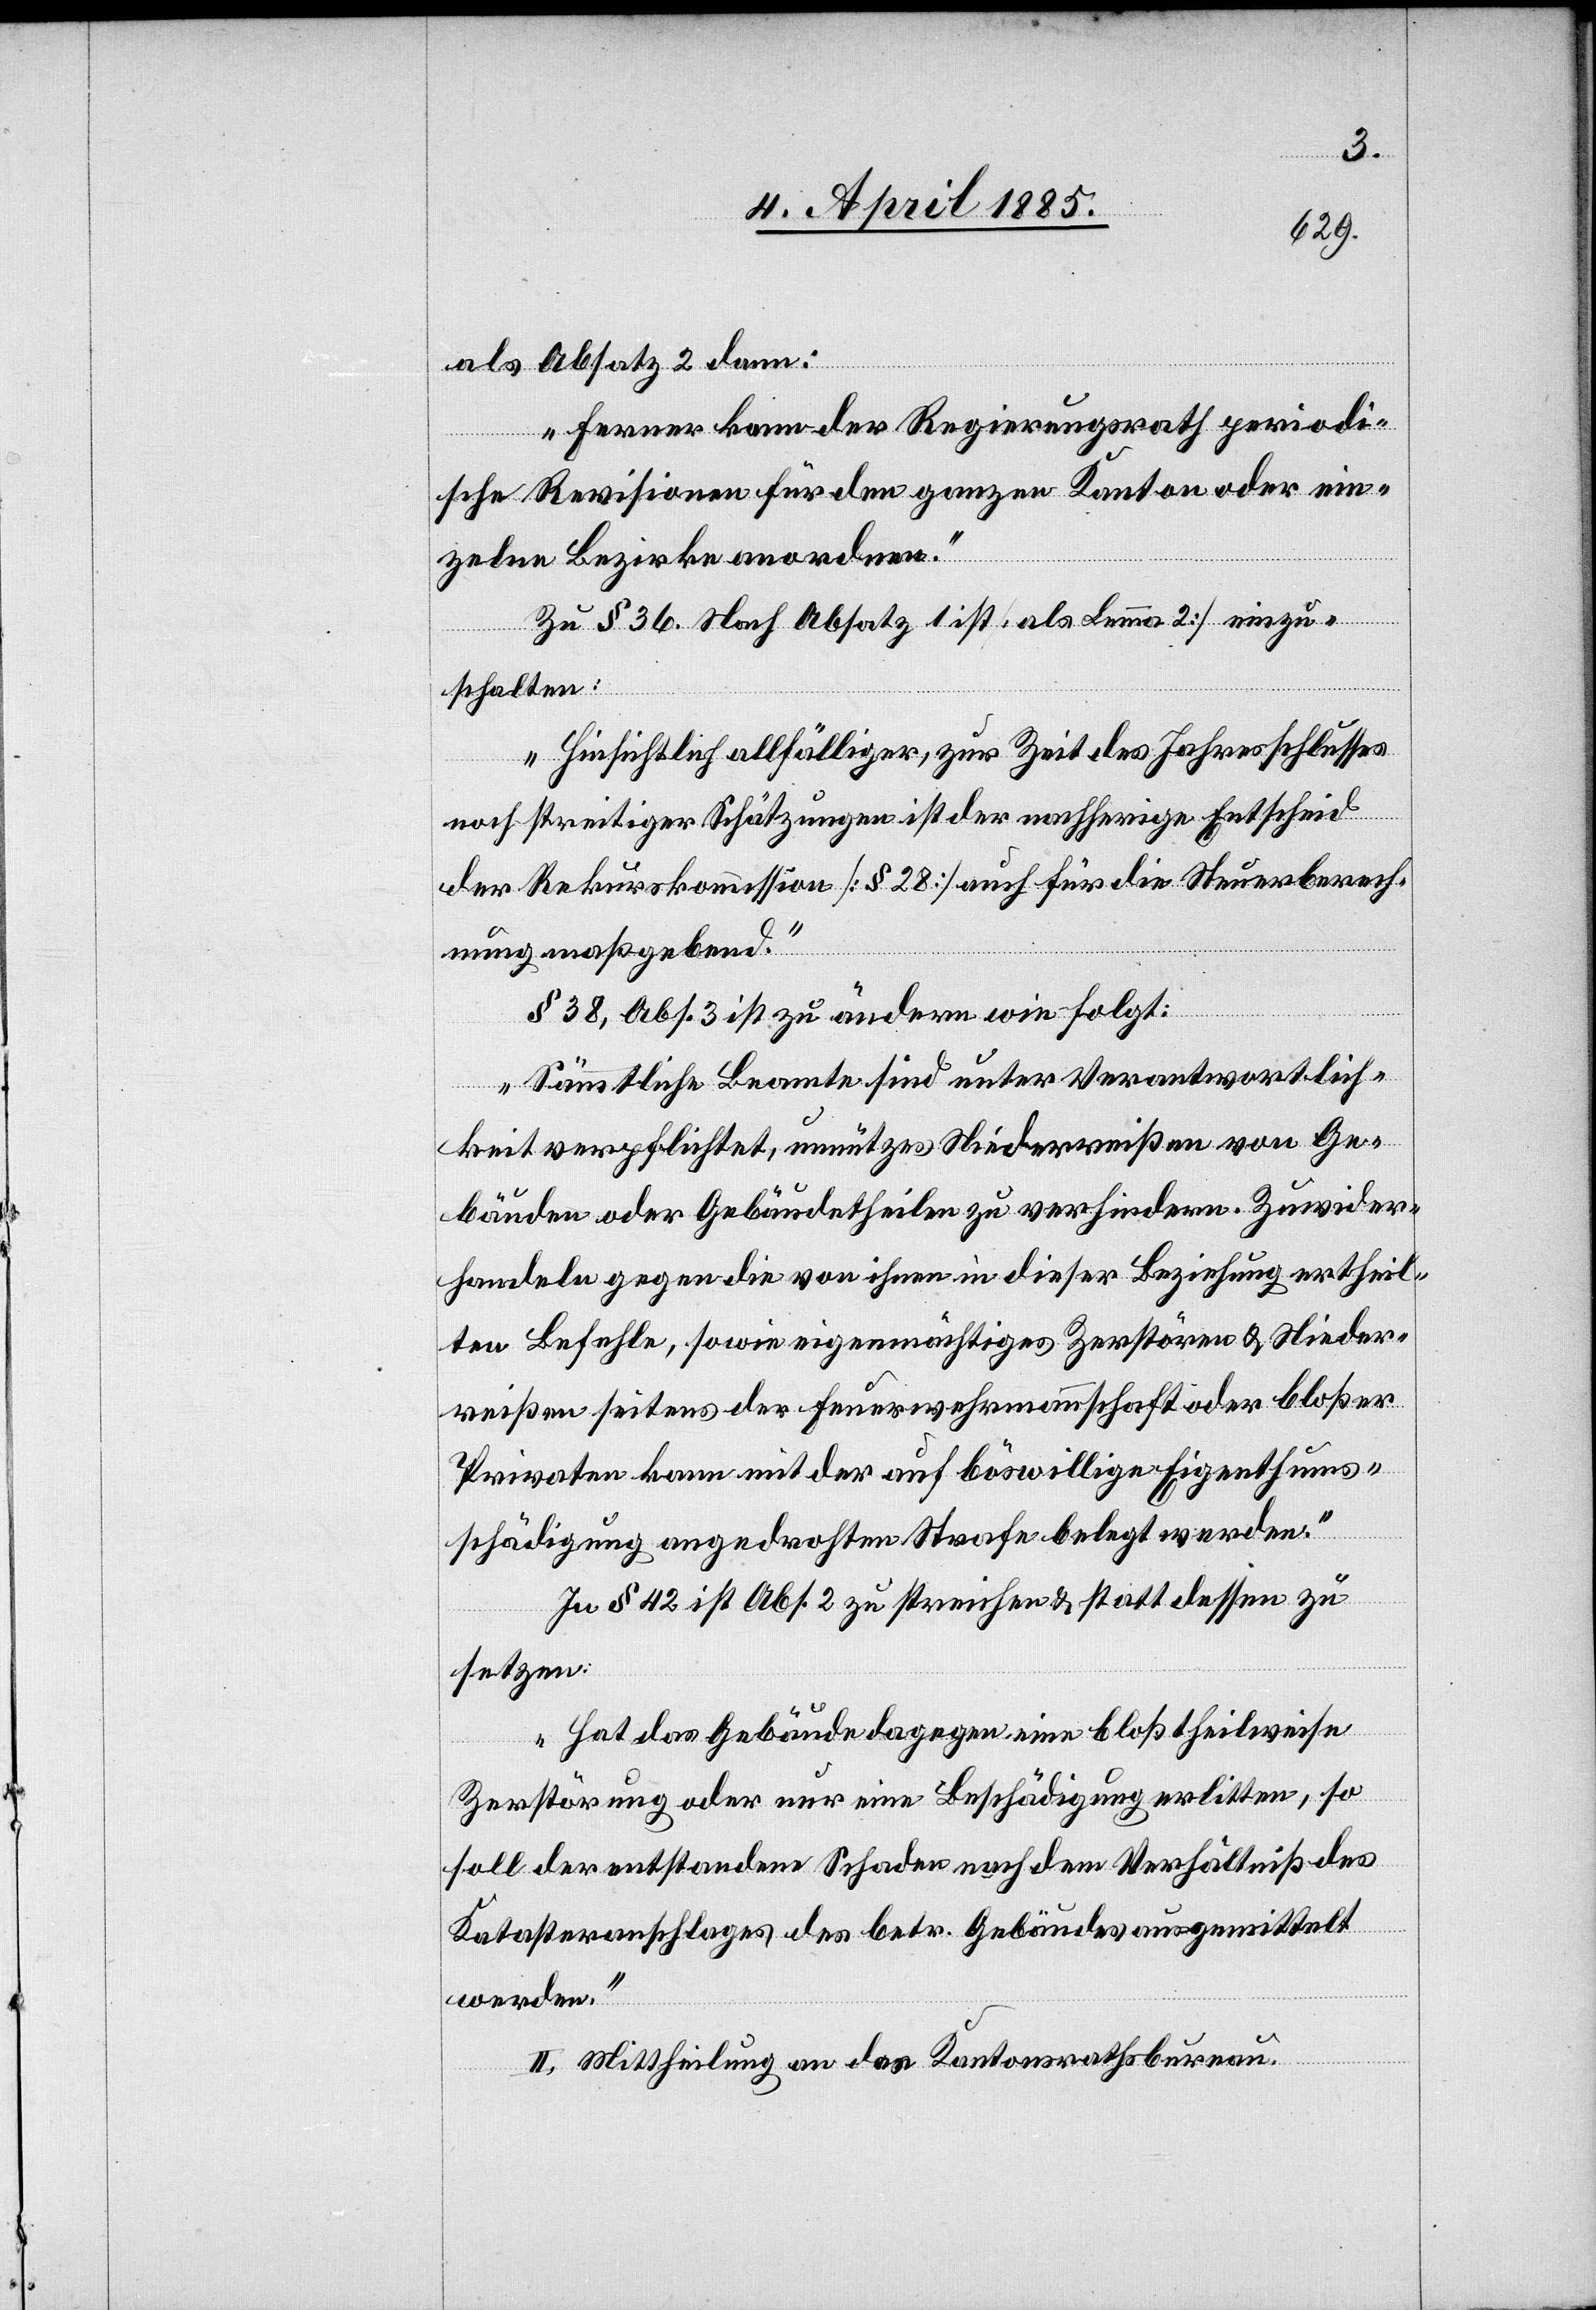
als Absatz 2 dann:
„Ferner kann der Regierungsrath periodi¬
sche Revisionen für den ganzen Kanton oder ein¬
zelne Bezirke anordnen.“
Zu § 36. Nach Absatz 1 ist [als Lemma 2] einzu¬
schalten:
„Hinsichtlich allfälliger, zur Zeit des Jahresschlusses
noch streitiger Schätzungen ist der nachherige Entscheid
der Rekurskommission [§ 28] auch für die Steuerberech¬
nung maßgebend“.
§ 38, Abs. 3 ist zu ändern wie folgt:
„Sämmtliche Beamte sind unter Verantwortlich¬
keit verpflichtet, unnützes Niederreißen von Ge¬
bäuden oder Gebäudetheilen zu verhindern. Zuwider¬
handeln gegen die von ihnen in dieser Beziehung ertheil¬
ten Befehle, sowie eigenmächtiges Zerstören & Nieder¬
reißen seitens der Feuerwehrmannschaft oder bloßer
Privaten kann mit der auf böswillige Eigenthums¬
schädigung angedrohten Strafe belegt werden.“
In § 42 ist Abs. 2 zu streichen & stattdessen zu
setzen:
„Hat das Gebäude dagegen eine bloß theilweise
Zerstörung oder nur eine Beschädigung erlitten, so
soll der entstandene Schaden nach dem Verhältniß des
Katasteranschlages des betr. Gebäudes ausgemittelt
werden.“
II. Mittheilung an das Kantonsrathsbureau.